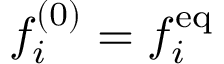
f _ { i } ^ { ( 0 ) } = f _ { i } ^ { \mathrm { e q } }